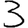
Digit: 3